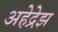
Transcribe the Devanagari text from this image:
अहेद्रेझ